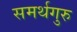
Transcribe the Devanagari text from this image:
समर्थगुरु